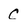
Character: C